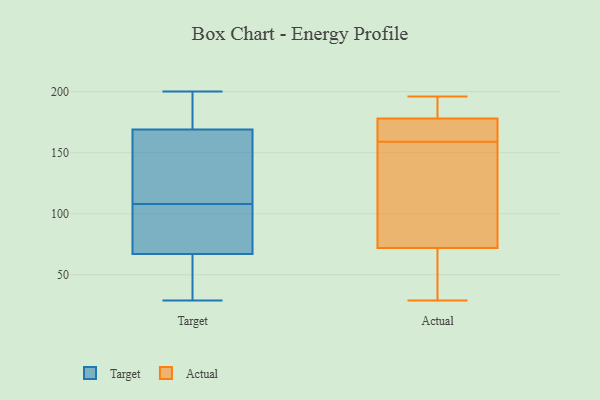
{"axis": {"x": "Demand Index", "y": "Value"}, "legend": ["Actual", "Target"], "data": [{"x": "", "y": 96, "type": "Target"}, {"x": "", "y": 75, "type": "Target"}, {"x": "", "y": 148, "type": "Target"}, {"x": "", "y": 200, "type": "Target"}, {"x": "", "y": 169, "type": "Target"}, {"x": "", "y": 150, "type": "Target"}, {"x": "", "y": 54, "type": "Target"}, {"x": "", "y": 67, "type": "Target"}, {"x": "", "y": 124, "type": "Target"}, {"x": "", "y": 68, "type": "Target"}, {"x": "", "y": 93, "type": "Target"}, {"x": "", "y": 58, "type": "Target"}, {"x": "", "y": 170, "type": "Target"}, {"x": "", "y": 120, "type": "Target"}, {"x": "", "y": 41, "type": "Target"}, {"x": "", "y": 179, "type": "Target"}, {"x": "", "y": 193, "type": "Target"}, {"x": "", "y": 29, "type": "Target"}, {"x": "", "y": 72, "type": "Actual"}, {"x": "", "y": 166, "type": "Actual"}, {"x": "", "y": 47, "type": "Actual"}, {"x": "", "y": 152, "type": "Actual"}, {"x": "", "y": 196, "type": "Actual"}, {"x": "", "y": 186, "type": "Actual"}, {"x": "", "y": 114, "type": "Actual"}, {"x": "", "y": 29, "type": "Actual"}, {"x": "", "y": 167, "type": "Actual"}, {"x": "", "y": 178, "type": "Actual"}]}